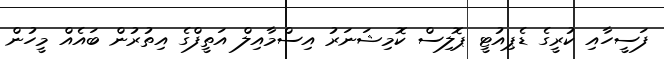
ފަސީހާއި ކުރީގެ ޑެޕިއުޓީ ޕޮލިސް ކޮމިޝަނަރު އިސްމާއިލް އަތީފްގެ އިތުރުން ބައެއް މީހުން